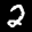
Label: 2